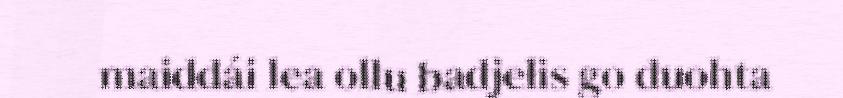
maiddái lea ollu badjelis go duohta